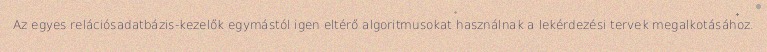
Az egyes relációsadatbázis-kezelők egymástól igen eltérő algoritmusokat használnak a lekérdezési tervek megalkotásához.